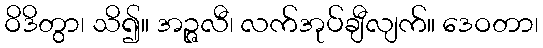
ဝိဒိတွာ၊ သိ၍။ အဉ္ဇလီ၊ လက်အုပ်ချီလျက်။ ဒေဝတာ၊